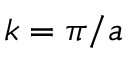
k = \pi / a